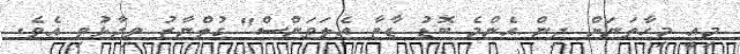
މިއީ މިހާތަނަށް ދިން އެންމެ ބޮޑު ޑާޓާ އެލަވަންސް" ގުލްނާޒު ވިދާޅުވި އެވެ.